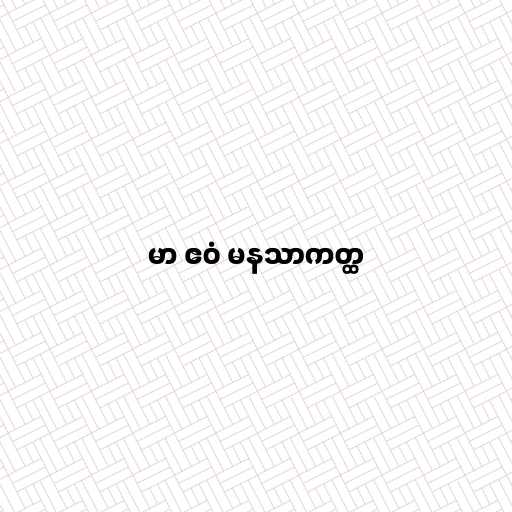
မာ ဧဝံ မနသာကတ္ထ